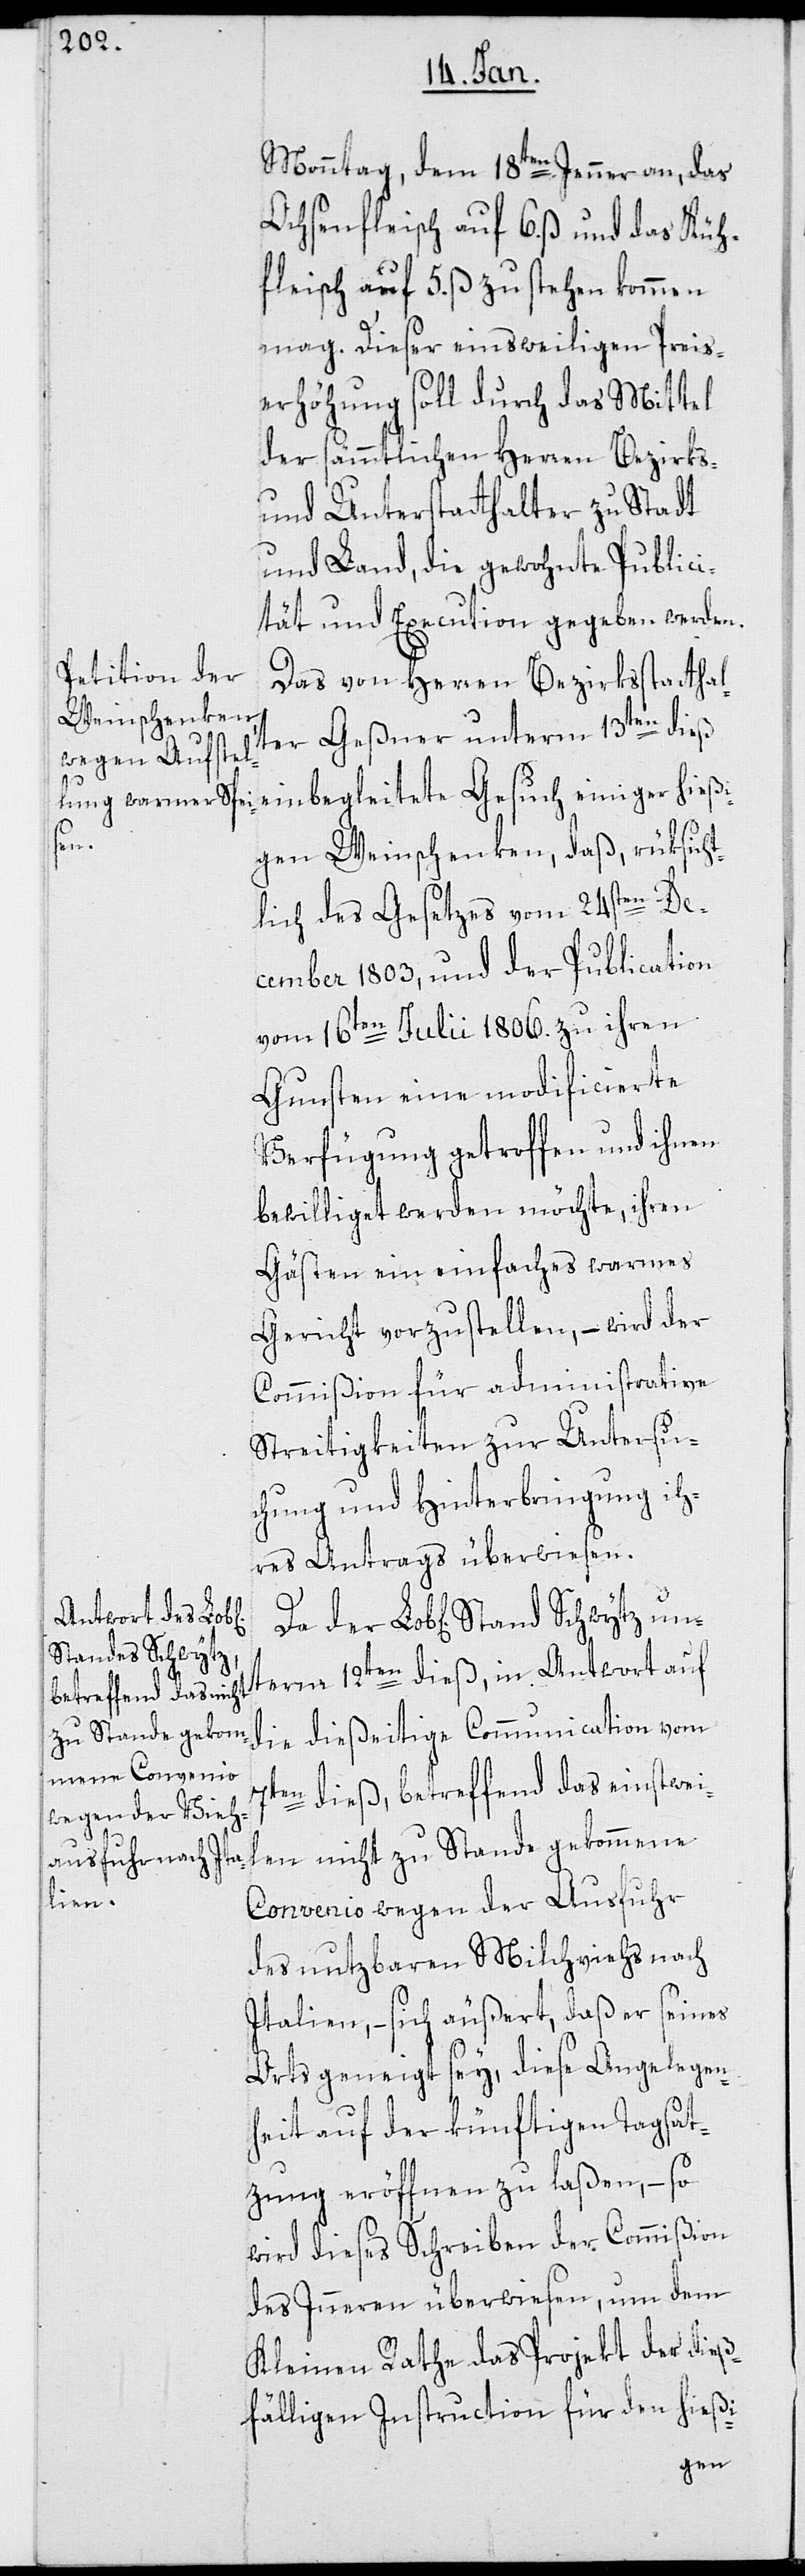
Monntag dem 18ten Jenner an, das
Ochsenfleisch auf 6. ß und das Kuh¬
fleisch auf 5. ß zu stehen kommen
mag. Dieser einsweiligen Preis¬
erhöhung soll durch das Mittel
der sämmtlichen Herren Bezirks-
und Unterstatthalter zu Stadt
und Land, die gewohnte Publici¬
tät und Execution gegeben werden.
Das von Herren Bezirksstatthal¬
ter Geßner unterm 13ten dieß
un¬
gen Weinschenken, daß, rüksich¬
tlich des Gesetzes vom 24sten De¬
cember 1803, und der Publication
vom 16ten Julii 1806. zu ihren
Gunsten eine modificierte
Verfügung getroffen und ihnen
bewilliget werden möchte, ihren
Gästen ein einfaches warmes
Gericht vorzustellen, – wird der
Commißion für administrative
Streitigkeiten zur Untersu¬
chung und Hinterbringung ih¬
res Antrags überwiesen.
Stand Schwytz
term 12ten dieß, in Antwort auf
die dießeitige Communication vom
7ten dieß, betreffend das einstwei¬
len nicht zu Stande gekommene
Convenio wegen der Ausfuhr
des nutzbaren Milchviehs nach
Italien, – sich äußert, daß er seines
Orts geneigt sey, diese Angelegen¬
heit auf der künftigen Tagsat¬
zung eröffnen zu laßen, – so
wird dieses Schreiben der Commißion
des Inneren überwiesen, um dem
Kleinen Rathe das Projekt der dieß¬
fälligen Instruction für den hieß-